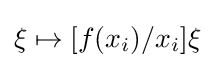
\xi \mapsto [f(x_{i})/x_{i}]\xi